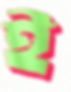
ই